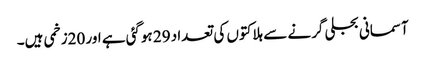
آسمانی بجلی گرنے سے ہلاکتوں کی تعداد 29 ہوگئی ہے اور 20زخمی ہیں۔